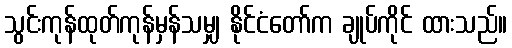
သွင်းကုန်ထုတ်ကုန်မှန်သမျှ နိုင်ငံတော်က ချုပ်ကိုင် ထားသည်။